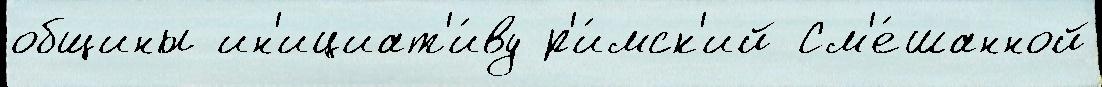
общины ин'ициат'и́ву р'и́мск'ий См'е́шанной